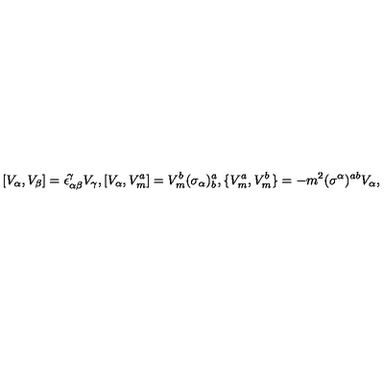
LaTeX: [ V _ { \alpha } , V _ { \beta } ] = \epsilon _ { \alpha \beta } ^ { \! \gamma } V _ { \gamma } , [ V _ { \alpha } , V _ { m } ^ { a } ] = V _ { m } ^ { b } ( \sigma _ { \alpha } ) _ { b } ^ { a } , \{ V _ { m } ^ { a } , V _ { m } ^ { b } \} = - m ^ { 2 } ( \sigma ^ { \alpha } ) ^ { a b } V _ { \alpha } ,